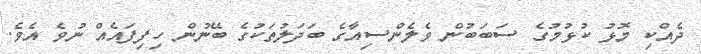
ދެއްކި މޮޅު ކުޅުމުގެ ސަބަބުން ވެލެންސިއާގެ ބަދަލުތަކުގެ ބޭނުން ހިފިފައެއް ނުވެ އެވެ.